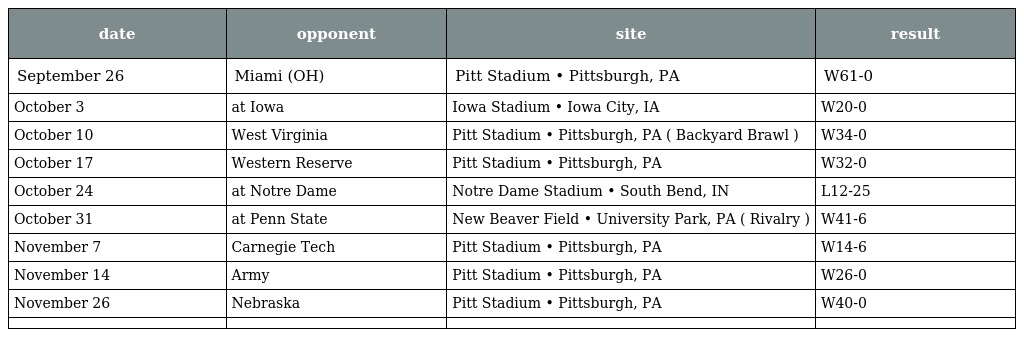
| date | opponent | site | result |
 | --- | --- | --- | --- |
 | September 26 | Miami (OH) | Pitt Stadium • Pittsburgh, PA | W61-0 |
 | October 3 | at Iowa | Iowa Stadium • Iowa City, IA | W20-0 |
 | October 10 | West Virginia | Pitt Stadium • Pittsburgh, PA ( Backyard Brawl ) | W34-0 |
 | October 17 | Western Reserve | Pitt Stadium • Pittsburgh, PA | W32-0 |
 | October 24 | at Notre Dame | Notre Dame Stadium • South Bend, IN | L12-25 |
 | October 31 | at Penn State | New Beaver Field • University Park, PA ( Rivalry ) | W41-6 |
 | November 7 | Carnegie Tech | Pitt Stadium • Pittsburgh, PA | W14-6 |
 | November 14 | Army | Pitt Stadium • Pittsburgh, PA | W26-0 |
 | November 26 | Nebraska | Pitt Stadium • Pittsburgh, PA | W40-0 |
 |  |  |  |  |